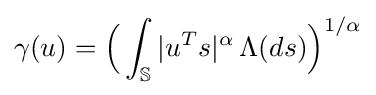
\gamma (u)={\Bigl (}\int _{\mathbb {S} }|u^{T}s|^{\alpha }\,\Lambda (ds){\Bigr )}^{1/\alpha }